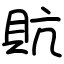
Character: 貥